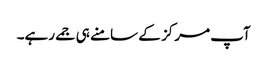
آپ مرکز کے سامنے ہی جمے رہے۔